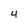
Character: 4